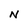
Character: N